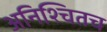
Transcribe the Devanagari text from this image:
अनिश्चितच